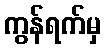
ကွန်ရက်မှ